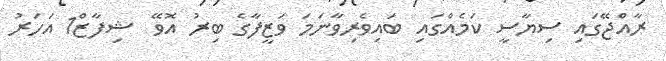
ރާއްޖޭގައި ސިޔާސީ ކަމެއްގައި ބައިވެރިވާނަމަ ވަޒީފާގެ ބިރު އޮވޭ  ޝިފާޒް1 އަހަރު